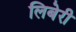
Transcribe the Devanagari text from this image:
लिबेरी